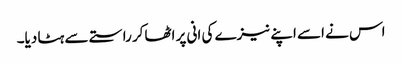
اس نے اسے اپنے نیزے کی انی پر اٹھاکر راستے سے ہٹا دیا۔